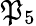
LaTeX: \mathfrak{P}_{5}